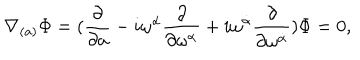
LaTeX: \nabla _ { ( a ) } \Phi = ( { \frac \partial { \partial a } } - i \omega ^ { \alpha } { \frac \partial { \partial \omega ^ { \alpha } } } + i \omega ^ { \dot { \alpha } } \frac { \partial } { \partial \omega ^ { \dot { \alpha } } } ) \Phi = 0 ,